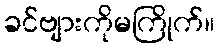
ခင်ဗျားကိုမကြိုက်။